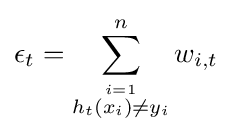
\epsilon _{t}=\sum _{\stackrel {i=1}{h_{t}(x_{i})\neq y_{i}}}^{n}w_{i,t}